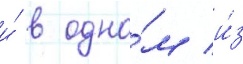
и́ в одно́м и́з